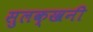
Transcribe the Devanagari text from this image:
सुलक्खनी